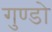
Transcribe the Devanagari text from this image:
गुण्डो